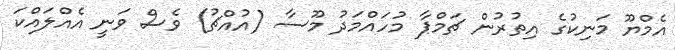
އެމްޔޫ މަނިކުގެ އިތުރުން ޗަމްޕާ މުހައްމަދު މޫސާ (އުއްޗު) ވެސް ވަނީ އެއްލައްކަ